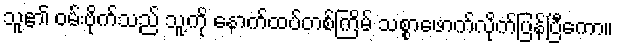
သူ၏ ဝမ်းဗိုက်သည် သူ့ကို နောက်ထပ်တစ်ကြိမ် သစ္စာဖောက်လိုက်ပြန်ပြီကော။